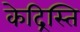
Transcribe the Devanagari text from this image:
केद्रिस्ति